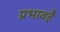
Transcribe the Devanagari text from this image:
प्रभावहै